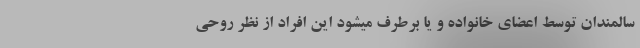
سالمندان توسط اعضای خانواده و یا برطرف میشود این افراد از نظر روحی